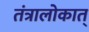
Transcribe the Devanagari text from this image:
तंत्रालोकात्